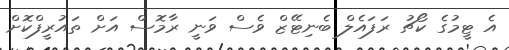
އެ ޓީމުގެ ކޯޗު ރަފައެލް ބެނިޓޭޒް ވެސް ވަނީ ރާމޮސް އަށް ތައުރީފްކޮށް